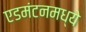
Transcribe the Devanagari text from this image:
एडमंटनमध्ये